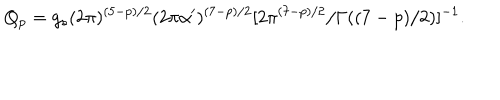
Q _ { p } = g _ { s } ( 2 \pi ) ^ { ( 5 - p ) / 2 } ( 2 \pi \alpha ^ { \prime } ) ^ { ( 7 - p ) / 2 } [ 2 \pi ^ { ( 7 - p ) / 2 } / \Gamma ( ( 7 - p ) / 2 ) ] ^ { - 1 } .